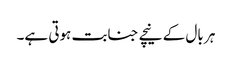
ہر بال کے نیچے جنابت ہوتی ہے۔